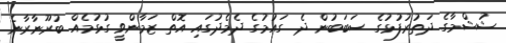
ޝުޝްމާގެ ދަތުރުފުޅުގެ ސަބަބުން ދެ ގައުމުގެ ދެމެދުގައި އޮތް ޒަމާންވީ ގުޅުމެއް ބުރޫނާރާނެ